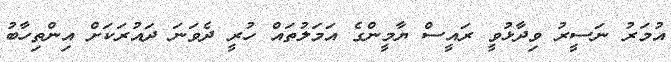
އުމަރު ނަސީރު ވިދާޅުވީ ރައީސް ޔާމީންގެ އަމަލުތައް ހުރީ ދެވަނަ ދައުރަކަށް އިންތިހާބު